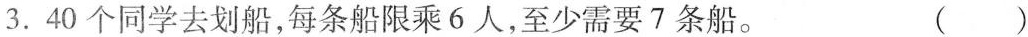
3.40个同学去划船，每条船限乘6人，至少需要7条船。 ( )